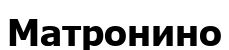
Матронино